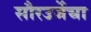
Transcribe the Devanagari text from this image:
सौरउर्जेचा